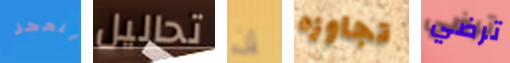
للحجز تحاليل إن تجاوزه ترضي